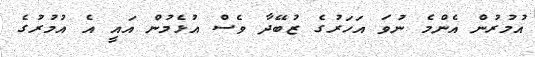
އުމުރުން އެންމެ ނުވަ އަހަރުގެ ޒުބޭދާ ވެސް އުޅެމުން އައީ އެ އުމުރުގެ